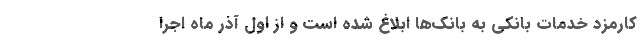
کارمزد خدمات بانکی به بانک‌ها ابلاغ شده است و از اول آذر ماه اجرا